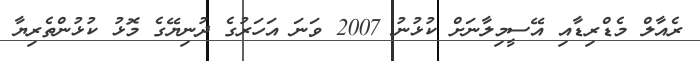
ރެއާލް މެޑްރިޑާއި އޭސީމިލާނަށް ކުޅުނު 2007 ވަނަ އަހަރުގެ ދުނިޔޭގެ މޮޅު ކުޅުންތެރިޔާ